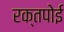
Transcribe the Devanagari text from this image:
रक्तपोई